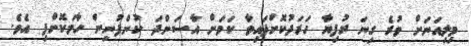
މިލިއަނަށް ވުރެ ގިނަ ރުފިޔާ ހަރަދުކޮށްފައިވާ ކަމަށް އާސަންދަ ކުންފުނިން ހާމަކޮށްފި އެވެ.